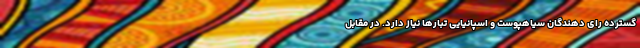
گسترده رای دهندگان سیاهپوست و اسپانیایی تبارها نیاز دارد. در مقابل